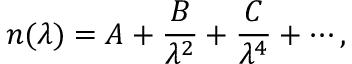
n ( \lambda ) = A + { \frac { B } { \lambda ^ { 2 } } } + { \frac { C } { \lambda ^ { 4 } } } + \cdots ,